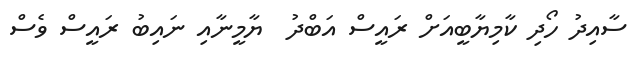
ސާއިދު ހޯދި ކާމިޔާބީއަށް ރައީސް އަބްދު  ޔާމީނާއި ނައިބު ރައީސް ވެސް